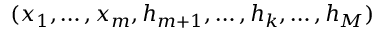
( x _ { 1 } , \hdots , x _ { m } , h _ { m + 1 } , \hdots , h _ { k } , \hdots , h _ { M } )